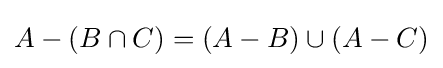
A-(B\cap C)=(A-B)\cup (A-C)